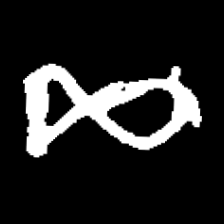
Pyu character \u2014 Myanmar letter: ဆ (romanized: cha)